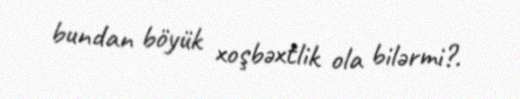
bundan böyük xoşbəxtlik ola bilərmi?.